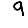
Digit: 9